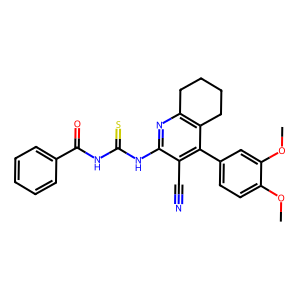
SMILES: COc1ccc(-c2c(C#N)c(NC(=S)NC(=O)c3ccccc3)nc3c2CCCC3)cc1OC
Inhibits HIV replication: No